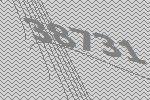
38731